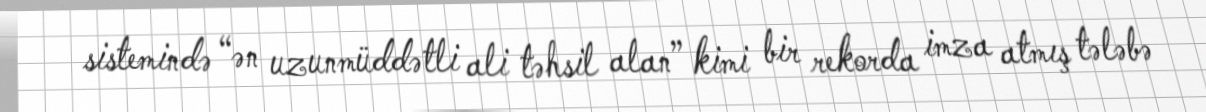
sistemində “ən uzunmüddətli ali təhsil alan” kimi bir rekorda imza atmış tələbə